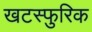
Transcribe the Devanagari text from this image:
खटस्फुरिक